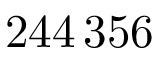
2 4 4 \, 3 5 6